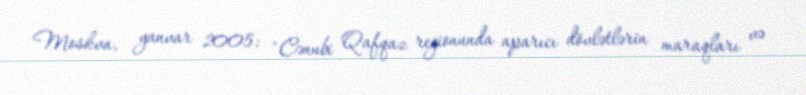
Moskva, yanvar 2005; "Cənubi Qafqaz regionunda aparıcı dövlətlərin maraqları və